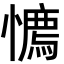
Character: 𢢘